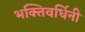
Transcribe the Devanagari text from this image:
भक्तिवर्धिनी